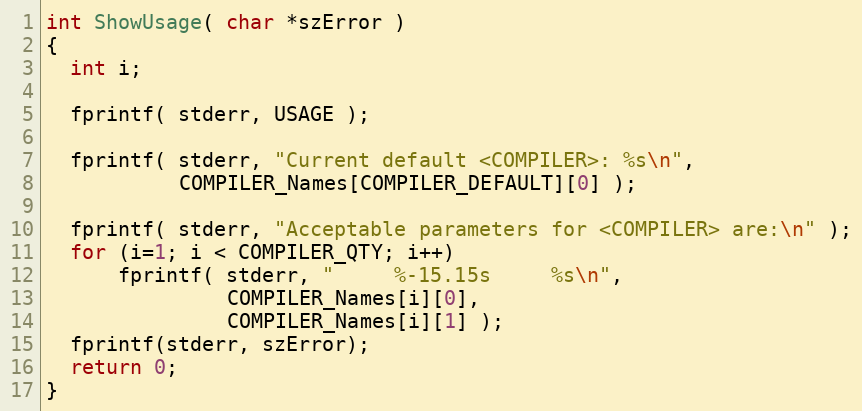
Language: C
int ShowUsage( char *szError )
{
  int i;

  fprintf( stderr, USAGE );

  fprintf( stderr, "Current default <COMPILER>: %s\n",
		   COMPILER_Names[COMPILER_DEFAULT][0] );

  fprintf( stderr, "Acceptable parameters for <COMPILER> are:\n" );
  for (i=1; i < COMPILER_QTY; i++)
      fprintf( stderr, "     %-15.15s     %s\n",
		       COMPILER_Names[i][0],
		       COMPILER_Names[i][1] );
  fprintf(stderr, szError);
  return 0;
}